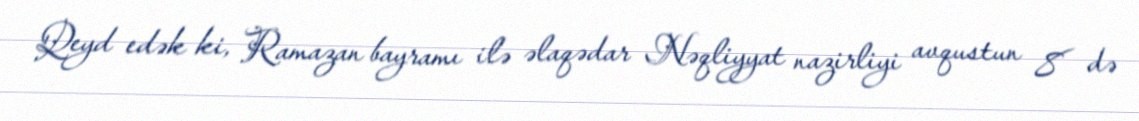
Qeyd edək ki, Ramazan bayramı ilə əlaqədar Nəqliyyat nazirliyi avqustun 8 də